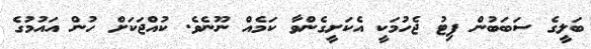
ބަލީގެ ސަބަބުން ފިޓު ޖެހުމަކީ އެކަށީގެންވާ ކަމެއް ނޫނެވެ. ކުއްޖަކަށް ހުން އައުމުގެ